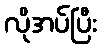
လိုအပ်ပြီး